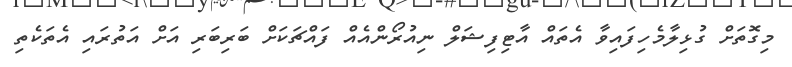
މިގޮތަށް ގުޅިލާމެހިފައިވާ އެތައް އާޓިފިޝަލް ނިއުރޯންއެއް ފައްޗަކަށް ބަރިބަރި އަށް އަތުރައި އެތަކެތި